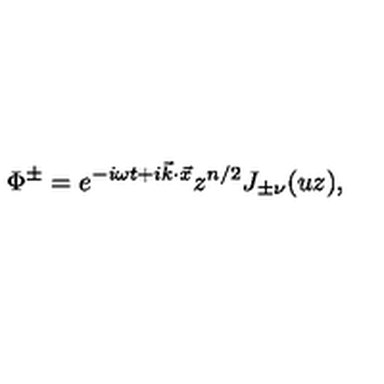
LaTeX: \Phi ^ { \pm } = e ^ { - i \omega t + i \vec { k } \cdot \vec { x } } z ^ { n / 2 } J _ { \pm \nu } ( u z ) ,